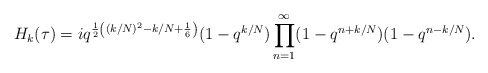
\begin{align*} H_k(\tau) = iq^{\frac{1}{2}\left((k/N)^2-k/N+\frac{1}{6}\right)}(1-q^{k/N})\prod_{n=1}^{\infty}(1-q^{n+k/N})(1-q^{n-k/N}).\end{align*}